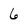
Character: 6